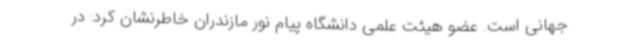
جهانی است. عضو هیئت علمی دانشگاه پیام نور مازندران خاطرنشان کرد: در